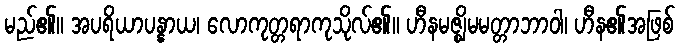
မည်၏။ အပရိယာပန္နာယ၊ လောကုတ္တရာကုသိုလ်၏။ ဟီနမဇ္ဈိမမတ္တာဘာဝါ၊ ဟီန၏အဖြစ်